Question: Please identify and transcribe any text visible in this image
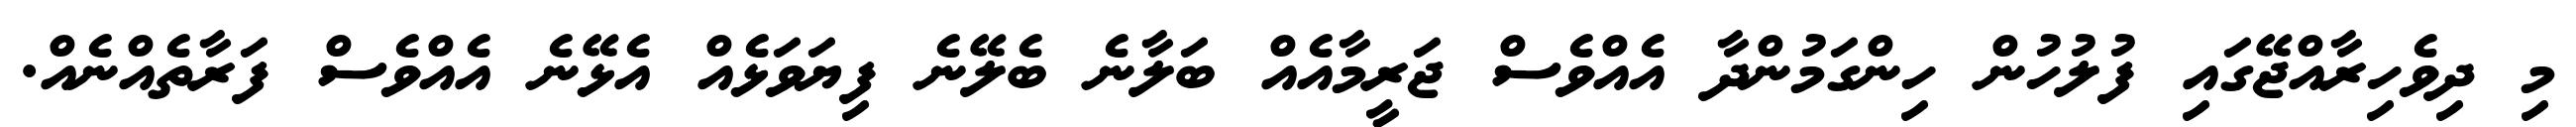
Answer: މި ދިވެހިރާއްޖޭގައި ފުލުހުން ހިންގަމުންދާ އެއްވެސް ޖަރީމާއެއް ބަލާނެ ބެލޭނެ ފިޔަވަޅެއް އެޅޭނެ އެއްވެސް ފަރާތެއްނެއް.